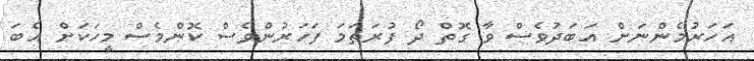
އަހަރުމެންނަށް އަބަދުވެސް ވާ ގޮތް ދޯ ފުރަތަމަ ފަހަރުންވެސް ކޮންމެސް މީހަކަށް އެބަ